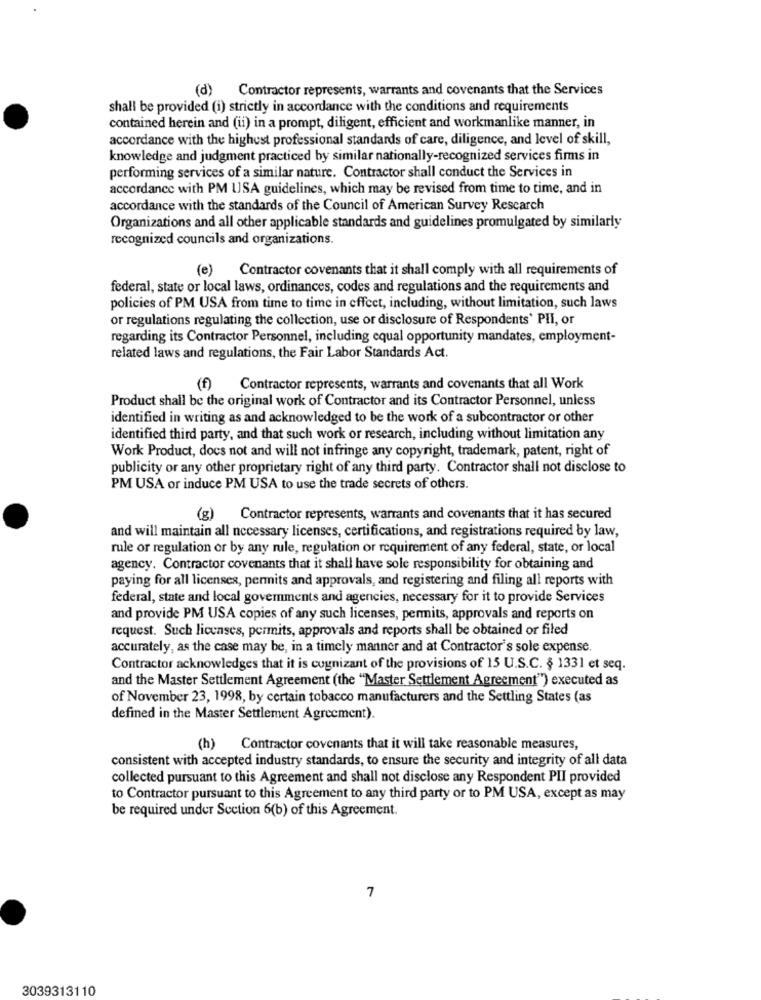
(d) Contractor represents, warrants and covenants that the Services
shall be provided (i) strictly in accordance with the conditions and requirements
contained herein and (ii) in a prompt, diligent, efficient and workmanlike manner, in
accordance with the highest professional standards of care, diligence, and level of skill,
knowledge and judgment practiced by similar nationally-recognized services firms in
performing services of a similar nature. Contractor shall conduct the Services in
accordance with PM USA guidelines, which may be revised from time to time, and in
accordance with the standards of the Council of American Survey Rescarch
Organizations and all other applicable standards and guidelines promulgated by similarly
recognized councils and organizations.
(e)
Contractor covenants that it shall comply with all requirements of
federal, state or local laws, ordinances, codes and regulations and the requirements and
policies of PM USA from time to time in effect, including, without limitation, such laws
or regulations regulating the collection, use or disclosure of Respondents' Pli, or
regarding its Contractor Personnel, including equal opportunity mandates, employment-
related laws and regulations, the Fair Labor Standards Act.
(f)
Contractor represents, warrants and covenants that all Work
Product shall be the original work of Contractor and its Contractor Personnel, unless
identified in writing as and acknowledged to be the work of a subcontractor or other
identified third party, and that such work or research, including without limitation any
Work Product, docs not and will not infringe any copyright, trademark, patent, right of
publicity or any other proprietary right of any third party. Contractor shall not disclose to
PM USA or induce PM USA to use the trade secrets of others.
(g) Contractor represents, warrants and covenants that it has secured
and will maintain all necessary licenses, certifications, and registrations required by law,
rule or regulation or by any rule, regulation or requirement of any federal, state, or local
agency. Contractor covenants that it shall have sole responsibility for obtaining and
paying for all licenses, permits and approvals, and registering and filing all reports with
federal, state and local governments and agencies, necessary for it to provide Services
and provide PM USA copies of any such licenses, permits, approvals and reports on
request. Such licenses, permits, approvals and reports shall be obtained or filed
accurately, as the case may be, in a timely manner and at Contractor's sole expense.
Contractor acknowledges that it is cognizant of the provisions of 15 U.S.C. § 1331 et seq.
and the Master Settlement Agreement (the "Master Settlement Agreement") executed as
of November 23, 1998, by certain tobacco manufacturers and the Settling States (as
defined in the Master Settlement Agreement).
(h) Contractor covenants that it will take reasonable measures,
consistent with accepted industry standards, to ensure the security and integrity of all data
collected pursuant to this Agreement and shall not disclose any Respondent PII provided
to Contractor pursuant to this Agreement to any third party or to PM USA, except as may
be required under Section 6(b) of this Agreement.
7
3039313110